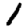
Digit: 1